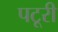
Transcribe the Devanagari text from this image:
पटूरी